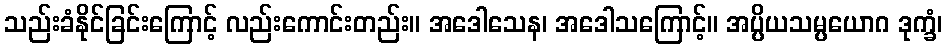
သည်းခံနိုင်ခြင်းကြောင့် လည်းကောင်းတည်း။ အဒေါသေန၊ အဒေါသကြောင့်။ အပ္ပိယသမ္ပယောဂ ဒုက္ခံ၊